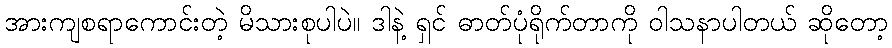
အားကျစရာကောင်းတဲ့ မိသားစုပါပဲ။ ဒါနဲ့ ရှင် ဓာတ်ပုံရိုက်တာကို ဝါသနာပါတယ် ဆိုတော့